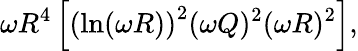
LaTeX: \omega R^{4}\left[\left(\ln(\omega R)\right)^{2}(\omega Q)^{2}(\omega R)^{2}\right],